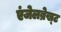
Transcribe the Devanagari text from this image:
एंजेलब्रेख्ट